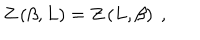
LaTeX: Z \left( \beta , L \right) = Z \left( L , \beta \right) \ ,